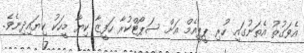
އެވަގުތު އެތަނުގައި ހުރި ޕީޕީއެމް އަށް ސަޕޯޓްކުރާ ހަފީޒާ ކިޔާ މީހަކު ކިޔައިދިނެވެ.